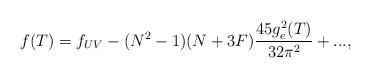
LaTeX: \begin{align*} f(T) = f_{UV} - (N^2 - 1)(N+3F)\frac{45g_{e}^{2}(T)}{32 \pi^2}+ ...,\end{align*}